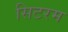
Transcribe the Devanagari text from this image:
सिटरम